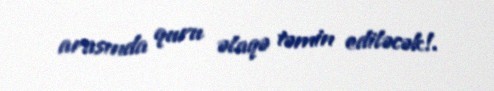
arasında quru əlaqə təmin ediləcək!.